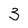
Character: 3